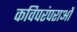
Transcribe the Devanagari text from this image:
कविपरंपराओं